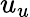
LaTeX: u_{u}